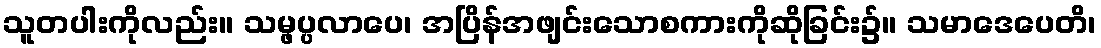
သူတပါးကိုလည်း။ သမ္ဖပ္ပလာပေ၊ အပြိန်အဖျင်းသောစကားကိုဆိုခြင်း၌။ သမာဒေပေတိ၊